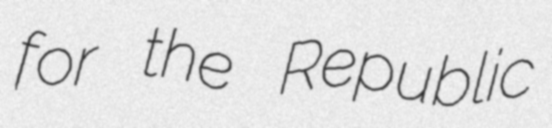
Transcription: for the Republic